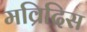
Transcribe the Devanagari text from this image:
मव्रिदिस